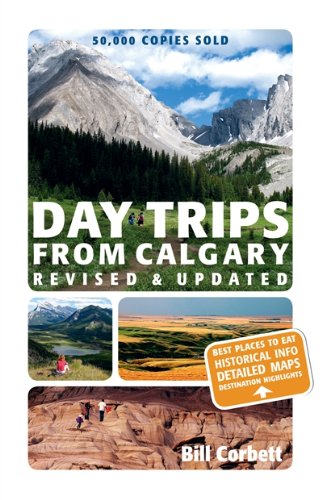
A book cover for Day Trips from Calgary (Best of Alberta); Bill Corbett; Travel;